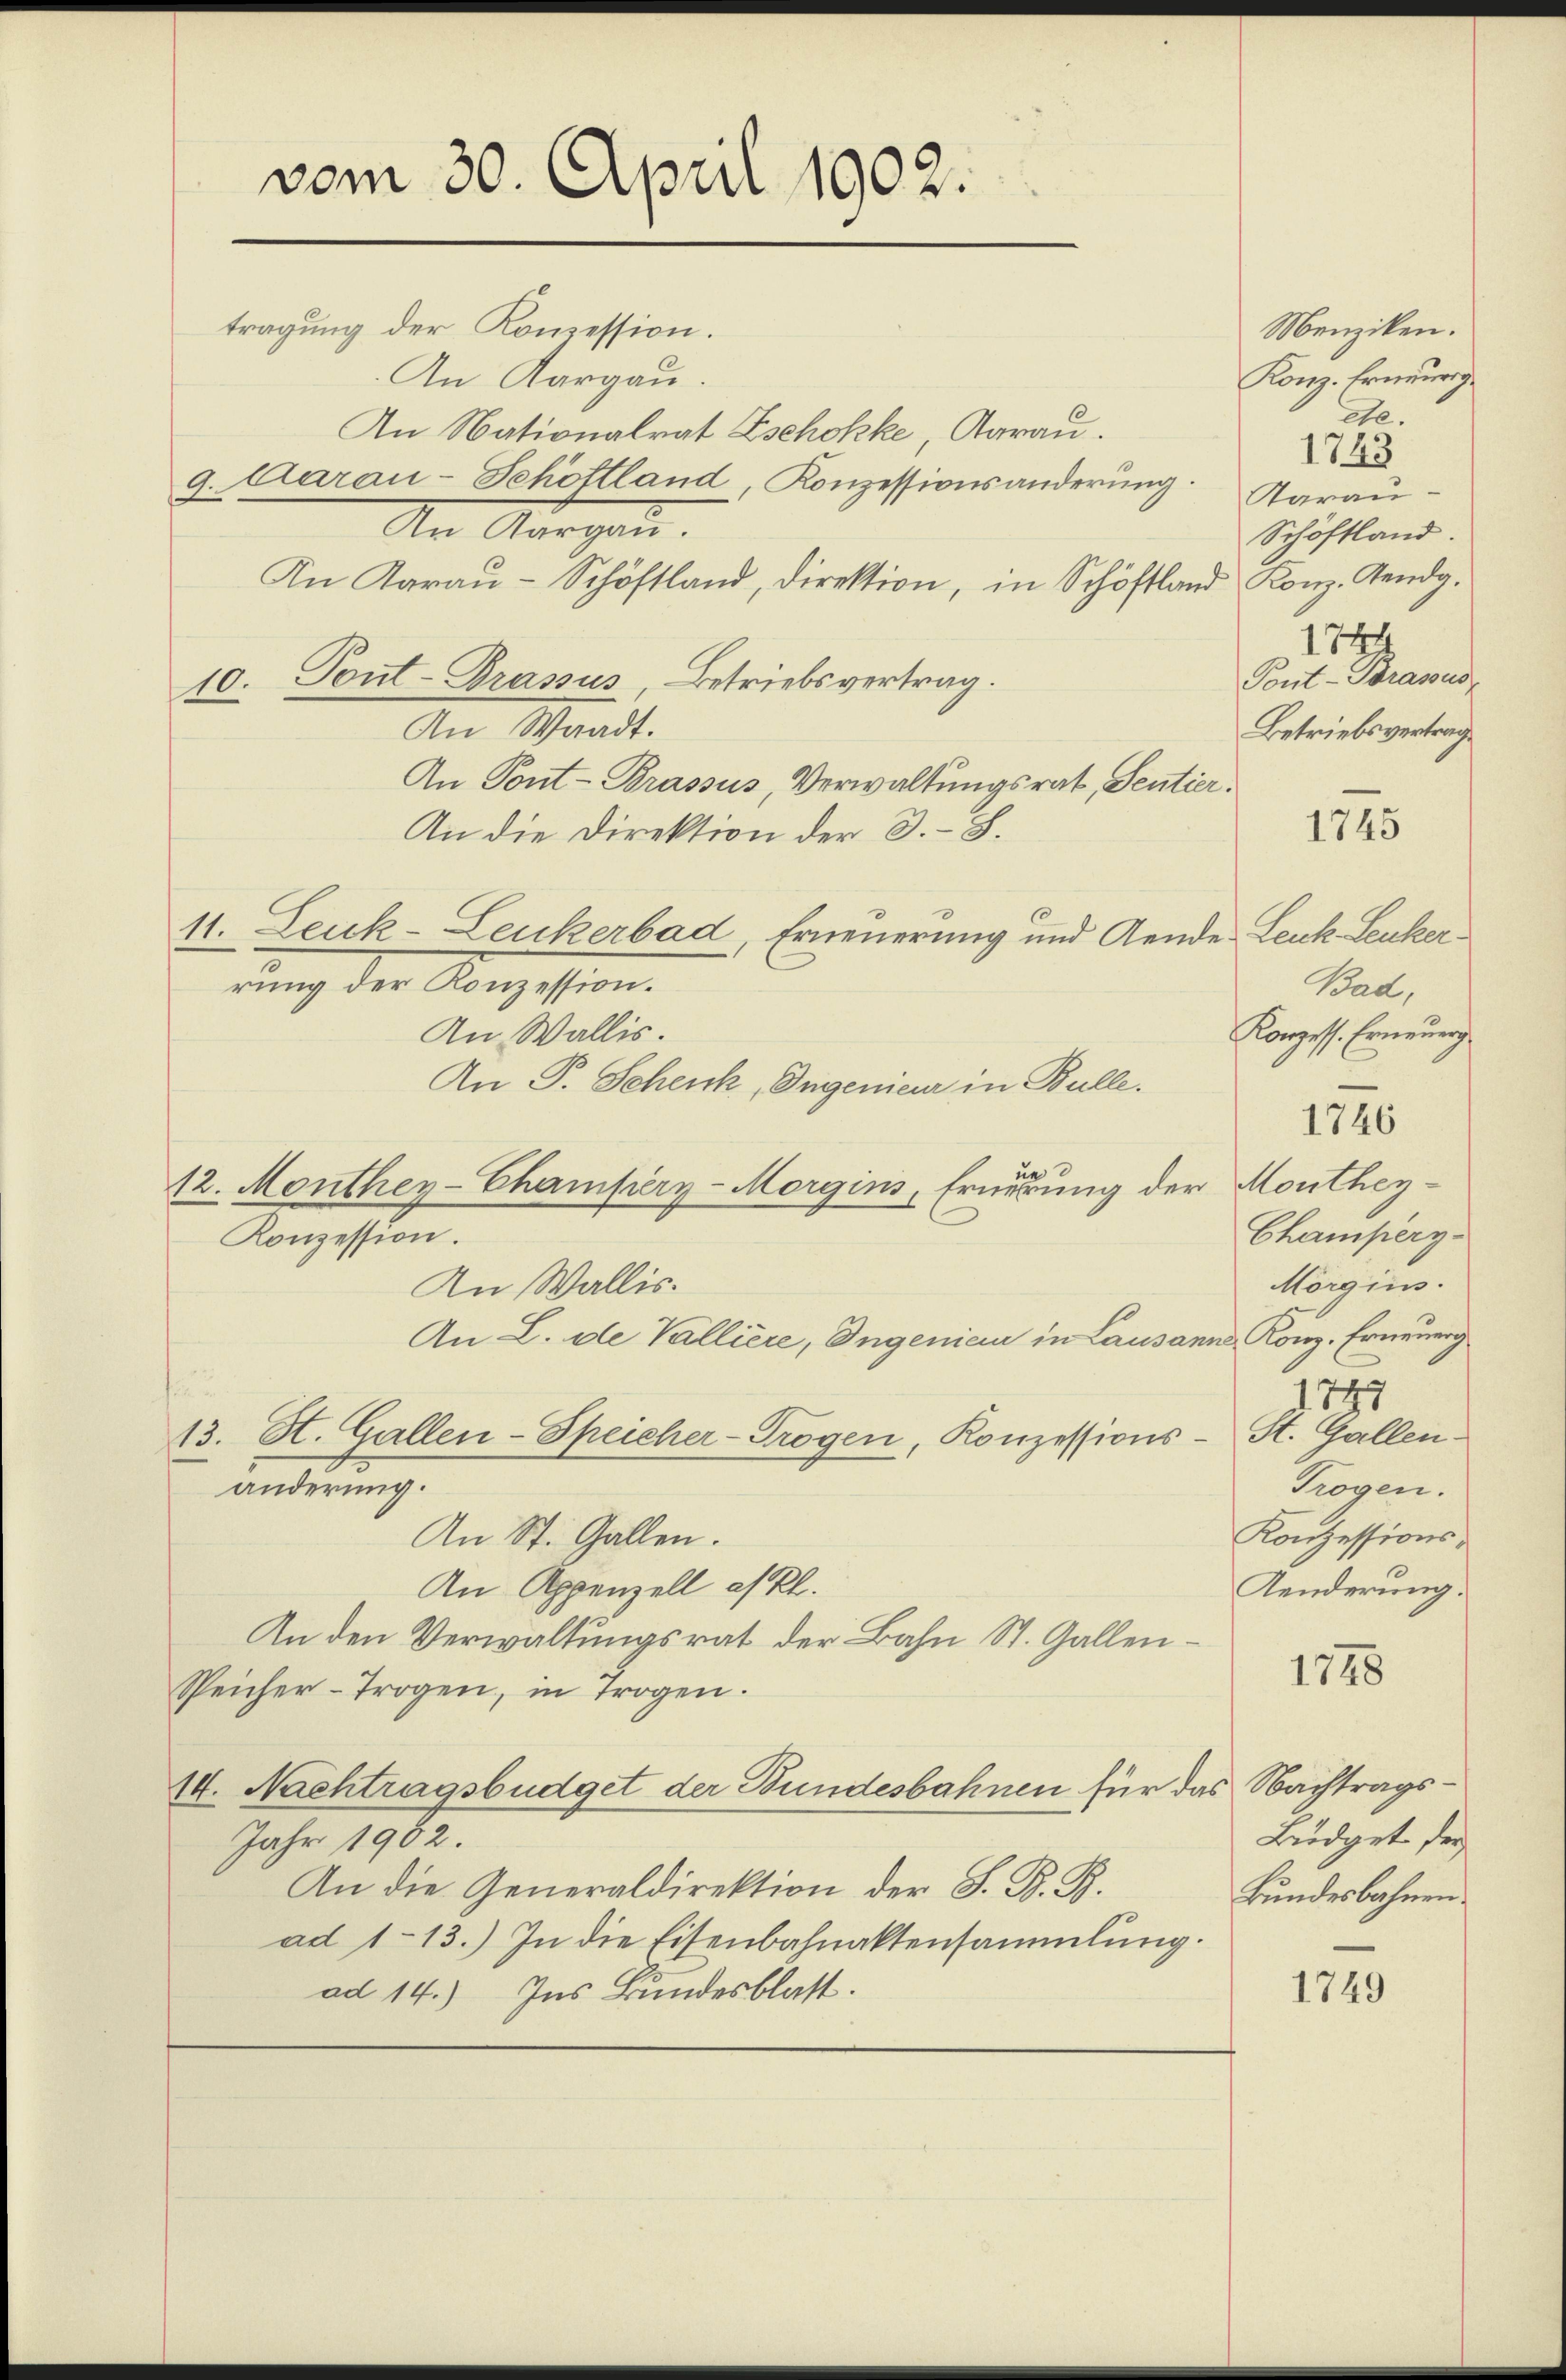
tragung der Kommession.
An Aargau.
An Nationalrat Zschokke, Aarau
9. Aarau-Schöttland, Konzessionsänderung. Aarau
An Aargau.
An daraŭ-Schöftland, direktion, in Schöstland Konz. Gendg.
10. Tont-Brassus, Betriebsvertrag.
An Waadt.
An Pont-Brassus, Verwaltungsrat, Sentier.
An die Direktion der 3.–8.
11. Leuk-Leukerbad, Erneuerung und Aende Leuk Leuker
rung der Konzession.
An Wallis.
An P. Schenk, Ingenieur in Bulle.
un
12. Monthey-Champery-Morgins, Ernierung der Monthey¬
Konzession.
In Wallis.
An L. de Valliere, Ingenieur in Lausanne, Konz. Erneuerg
hau
13. H. Gallen-Speicher-Trogen, Konzessions- St. Gallen.
änderung.
An St. Gallen.
An Appenzell es kl.
An den Verwaltungsrat der Bahn St. Gallen¬
Speicher-Trogen, in Trogen.
14. Nachtragsbüdget der Bundesbahnen für das Nachtrags¬
Jahr 1902.
An die Generaldirektion der S. B. B.
ad 113.) In die Eisenbahnaktensammlung.
ad 14.) Ins Bundesblatt.

vom 30. April 1902.

Menziken.
Konz. Erneurig
ee.
1743
Schöffland.
1744
Pont-Strassus,
Betriebsvertrag

1745

1746

1748

1749

Bad.
Konzess. Erneuerg

Champery-
Morgins.
1747
Trogen.
Konzessions¬
Aenderung.

Büdget der
Bundesbahnen.